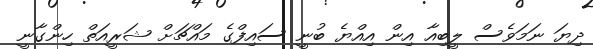
ދިޔަ ނަމަވެސް ލީބިއާ އިން އިއްޔެ ބުނީ ސައިފްގެ މައްޗަށް ޝަރީއަތް ހިންގާނީ